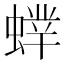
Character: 𧎲